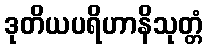
ဒုတိယပရိဟာနိသုတ္တံ